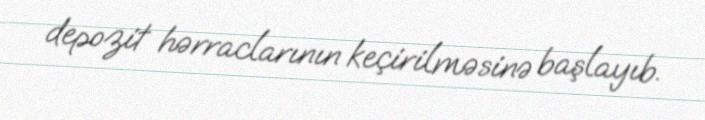
depozit hərraclarının keçirilməsinə başlayıb.